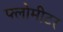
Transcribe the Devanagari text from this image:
फ्लोमीटर